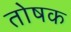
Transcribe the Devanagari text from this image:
तोषक